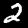
Digit: 2